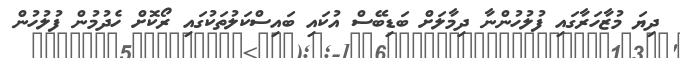
ދިޔަ މުޒާހަރާގައި ފުލުހުންނާ ދިމާލަށް ބަޑިބޭސް އުކައި ބައިސްކަލުތަކުގައި ރޯކޮށް ހެދުމުން ފުލުހުން